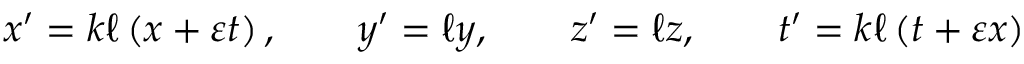
x ^ { \prime } = k \ell \left( x + \varepsilon t \right) , \qquad y ^ { \prime } = \ell y , \qquad z ^ { \prime } = \ell z , \qquad t ^ { \prime } = k \ell \left( t + \varepsilon x \right)